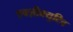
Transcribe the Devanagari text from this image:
एक्ज़ीक्युटिव